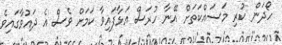
ހޯދަން ކުރި މަސައްކަތަށް އޭނާ ހުރަސް އަޅާފައިވާ ކަމަށް ވެސް އެ ދައުވާގައިވެ